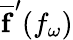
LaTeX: \overline{{\mathbf{f}}}^{\prime}(f_{\omega})